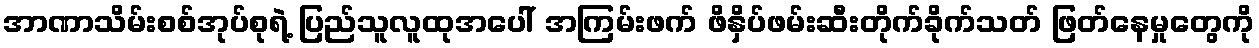
အာဏာသိမ်းစစ်အုပ်စုရဲ့ ပြည်သူလူထုအပေါ် အကြမ်းဖက် ဖိနှိပ်ဖမ်းဆီးတိုက်ခိုက်သတ် ဖြတ်နေမှုတွေကို